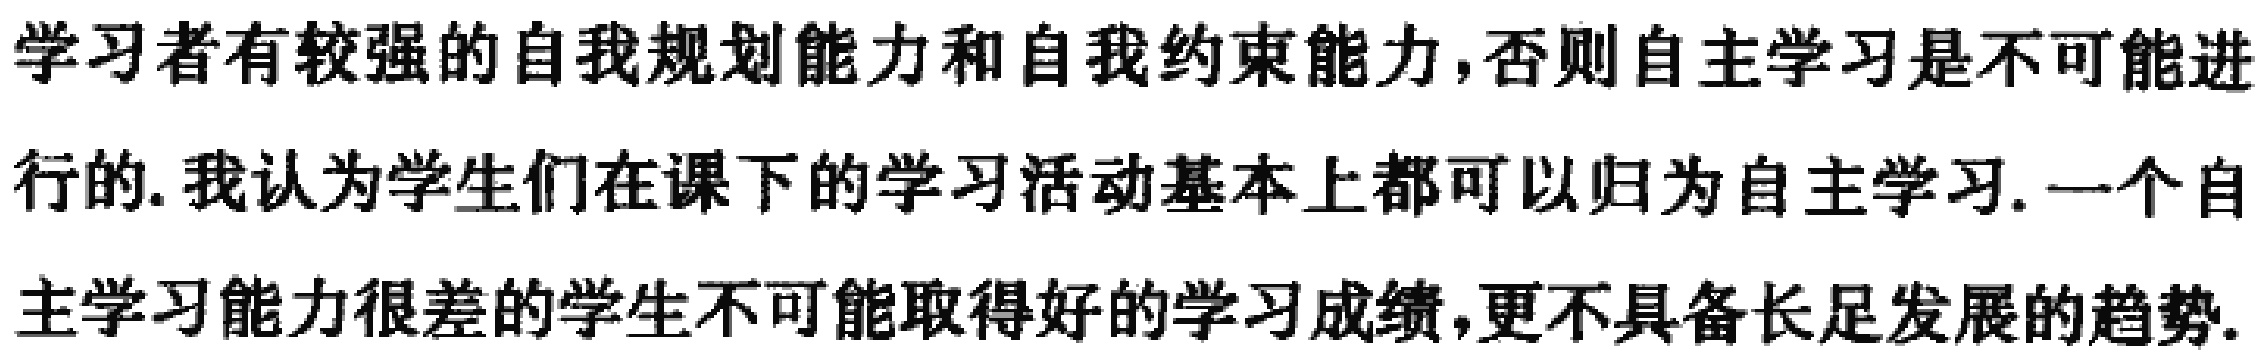
学习者有较强的自我规划能力和自我约束能力,否则自主学习是不可能进行的.我认为学生们在课下的学习活动基本上都可以归为自主学习.一个自主学习能力很差的学生不可能取得好的学习成绩,更不具备长足发展的趋势.